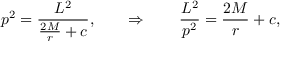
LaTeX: p ^ { 2 } = { \frac { L ^ { 2 } } { { \frac { 2 M } { r } } + c } } , \qquad \Rightarrow \qquad { \frac { L ^ { 2 } } { p ^ { 2 } } } = { \frac { 2 M } { r } } + c ,